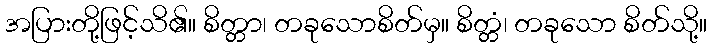
အပြားတို့ဖြင့်သိ၏။ စိတ္တာ၊ တခုသောစိတ်မှ။ စိတ္တံ၊ တခုသော စိတ်သို့။